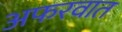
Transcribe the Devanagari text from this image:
अफरवात